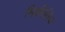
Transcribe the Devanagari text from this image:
मिकीविच